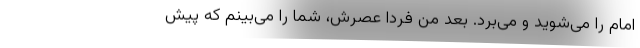
امام را می‌شوید و می‌برد. بعد من فردا عصرش، شما را می‌بینم که پیش